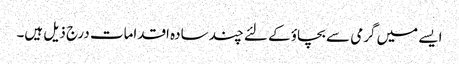
ایسے میں گرمی سے بچاؤ کے لئے چند سادہ اقدامات درج ذیل ہیں۔